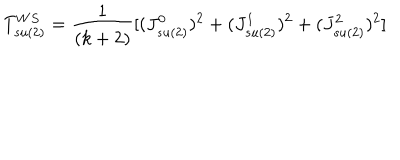
T _ { s u ( 2 ) } ^ { W S } = { \frac { 1 } { ( k + 2 ) } } [ ( J _ { s u ( 2 ) } ^ { 0 } ) ^ { 2 } + ( J _ { s u ( 2 ) } ^ { 1 } ) ^ { 2 } + ( J _ { s u ( 2 ) } ^ { 2 } ) ^ { 2 } ]